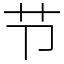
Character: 节